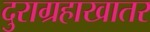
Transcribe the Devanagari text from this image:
दुराग्रहाखातर